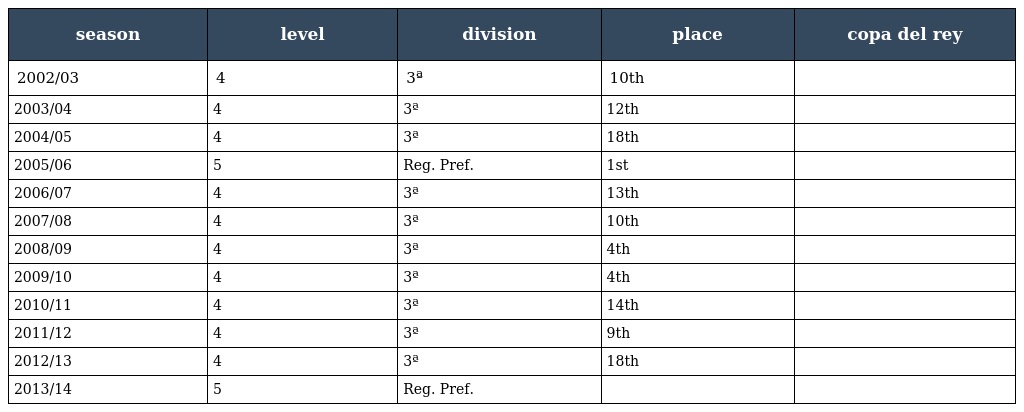
| season | level | division | place | copa del rey |
 | --- | --- | --- | --- | --- |
 | 2002/03 | 4 | 3ª | 10th |  |
 | 2003/04 | 4 | 3ª | 12th |  |
 | 2004/05 | 4 | 3ª | 18th |  |
 | 2005/06 | 5 | Reg. Pref. | 1st |  |
 | 2006/07 | 4 | 3ª | 13th |  |
 | 2007/08 | 4 | 3ª | 10th |  |
 | 2008/09 | 4 | 3ª | 4th |  |
 | 2009/10 | 4 | 3ª | 4th |  |
 | 2010/11 | 4 | 3ª | 14th |  |
 | 2011/12 | 4 | 3ª | 9th |  |
 | 2012/13 | 4 | 3ª | 18th |  |
 | 2013/14 | 5 | Reg. Pref. |  |  |